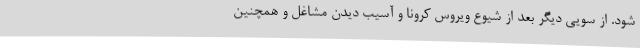
شود. از سویی دیگر بعد از شیوع ویروس کرونا و آسیب دیدن مشاغل و همچنین